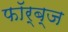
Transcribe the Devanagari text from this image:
फॉर्ब्ज